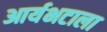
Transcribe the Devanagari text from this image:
आर्यभटाला